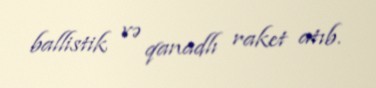
ballistik və qanadlı raket atıb.